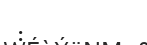
: